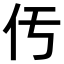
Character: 𠆬